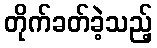
တိုက်ခတ်ခဲ့သည့်